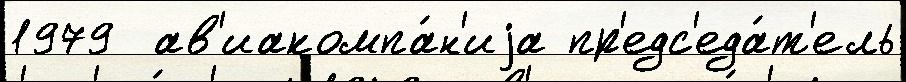
1979  ав'иакомпа́н'иjа пр'едс'еда́т'ель